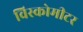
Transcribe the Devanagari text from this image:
विस्कोमीटर